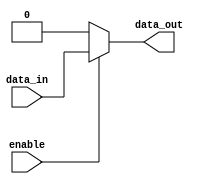
module buffer_with_enable (
    input wire data_in,
    input wire enable,
    output reg data_out
);

always @ (data_in, enable)
begin
    if (enable)
        data_out = data_in;
    else
        data_out = 0; // You can change this to 1 if needed
end

endmodule